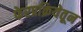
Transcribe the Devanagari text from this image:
फेरप्रक्रियेतून